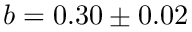
b = 0 . 3 0 \pm 0 . 0 2